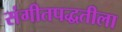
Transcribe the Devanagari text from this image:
संगीतपद्धतीला